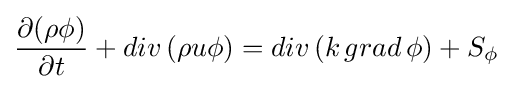
{\frac {\partial {(\rho \phi )}}{\partial t}}+{div\,(\rho u\phi )}={div\,(k\,grad\,\phi )}+{S_{\phi }}